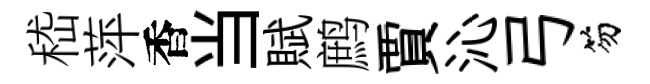
嵇萍香当賦鹧賈沁弓笏